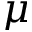
\mu